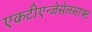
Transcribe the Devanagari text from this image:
एकटीएन्जेसेलसाफ्ट